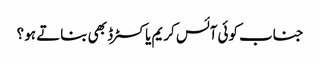
جناب کوئی آئس کریم یا کسٹرڈ بھی بناتے ہو ؟